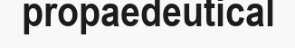
propaedeutical